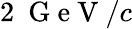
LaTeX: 2~\mathrm{~G~e~V~}/c